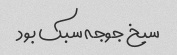
سیخ جوجه سبک بود